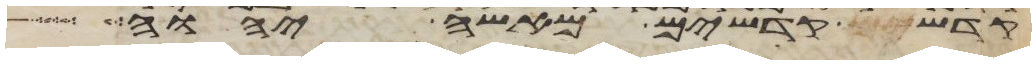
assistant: קדש קדשים מאשי יהוה